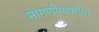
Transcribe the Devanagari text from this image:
मांगणीयरभोपा